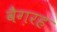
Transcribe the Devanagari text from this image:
वैग़रह